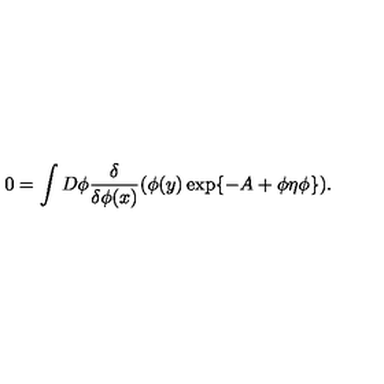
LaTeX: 0 = \int D \phi \frac { \delta } { \delta \phi ( x ) } ( \phi ( y ) \exp \{ - A + \phi \eta \phi \} ) .